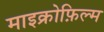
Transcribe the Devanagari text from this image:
माइक्रोफ़िल्म